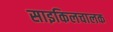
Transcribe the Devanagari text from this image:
साइकिलचालक